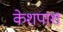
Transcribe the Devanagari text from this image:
केशपाश